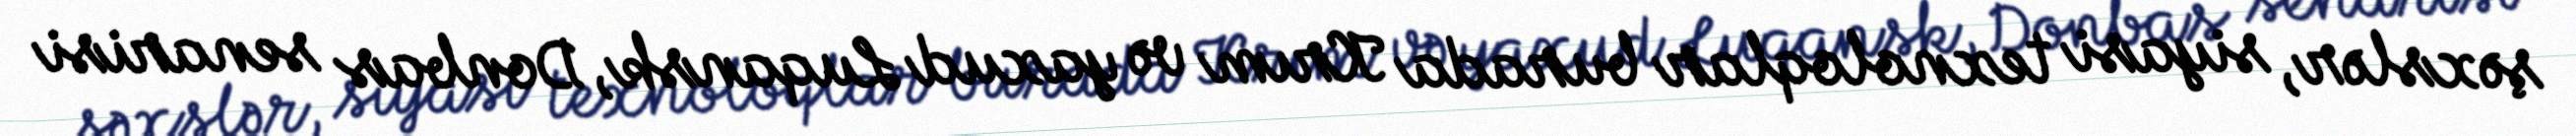
şəxslər, siyasi texnoloqlar burada Krım və yaxud Luqansk, Donbas senarisi